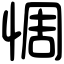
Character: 惆